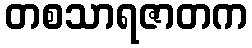
တစသာရဇာတက